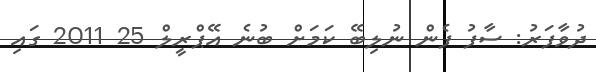
ދުވާފަރު: ސާފު ފެން ނުލިބޭ ކަމަށް ބުނެ އޭޕްރީލް 25 2011 ގައި